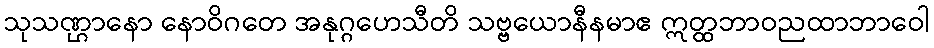
သုသဏ္ဌာနော နောဝိဂတေ အနုဂ္ဂဟေသီတိ သဗ္ဗယောနီနမာဧ ဣတ္ထဘာဝညထာဘာဝေါ